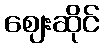
ဈေးဆိုင်